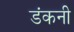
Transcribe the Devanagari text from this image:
डंकनी